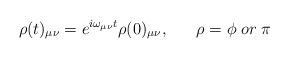
LaTeX: \begin{align*}\rho (t) _{\mu \nu} = e^{i\omega_{\mu \nu} t} \rho (0) _{\mu \nu}, \;\;\;\;\;\; \rho = \phi \; or \; \pi \end{align*}